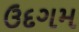
ઉદગમ